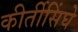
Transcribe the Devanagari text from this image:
कीर्तीसिंघे